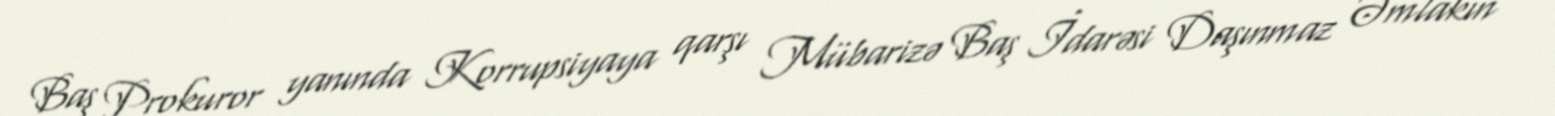
Baş Prokuror yanında Korrupsiyaya qarşı Mübarizə Baş İdarəsi Daşınmaz Əmlakın